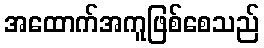
အထောက်အကူဖြစ်စေသည်